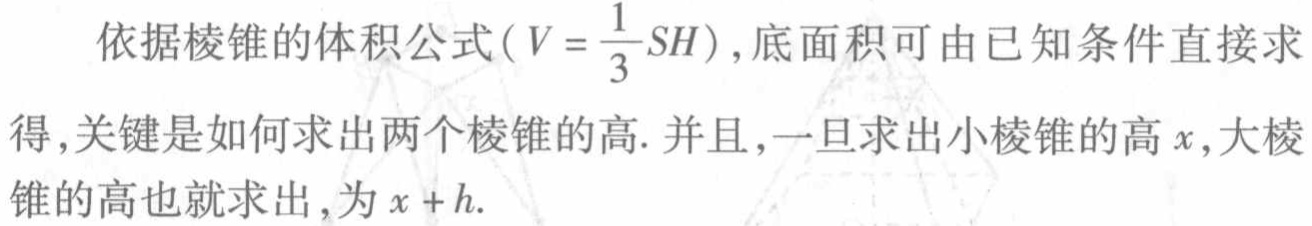
依据棱锥的体积公式（\(V = \frac{1}{3}SH\)）,底面积可由已知条件直接求得,关键是如何求出两个棱锥的高. 并且,一旦求出小棱锥的高\(x\),大棱锥的高也就求出,为\(x + h\).